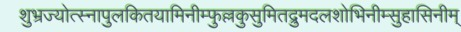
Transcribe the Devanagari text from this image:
शुभ्रज्योत्स्नापुलकितयामिनीम्फुल्लकुसुमितद्रुमदलशोभिनीम्सुहासिनीम्